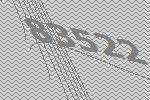
83522